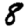
Digit: 8